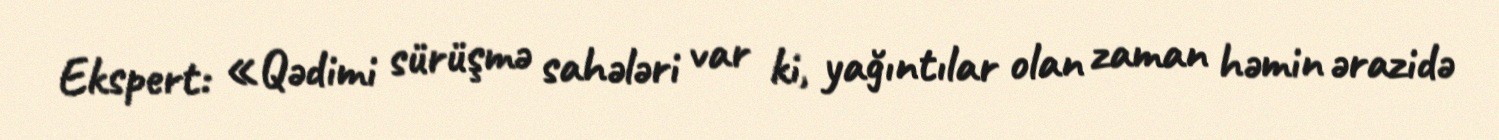
Ekspert: «Qədimi sürüşmə sahələri var ki, yağıntılar olan zaman həmin ərazidə